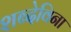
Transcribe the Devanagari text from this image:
शब्देविना